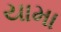
યામા